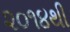
૨૦૧૪થી